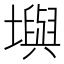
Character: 𪤧